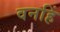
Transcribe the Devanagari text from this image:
वनहिं